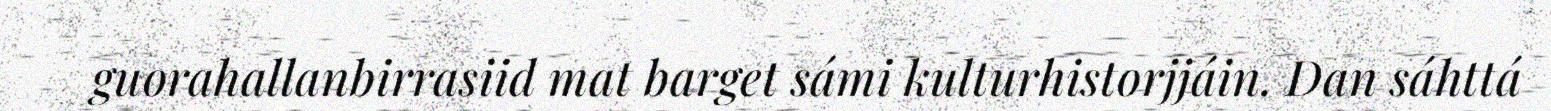
guorahallanbirrasiid mat barget sámi kulturhistorjjáin. Dan sáhttá